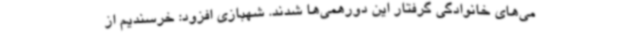
می‌های خانوادگی گرفتار این دورهمی‌ها شدند. شهبازی افزود: خرسندیم از